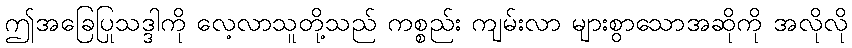
ဤအခြေပြုသဒ္ဒါကို လေ့လာသူတို့သည် ကစ္စည်း ကျမ်းလာ များစွာသောအဆိုကို အလိုလို